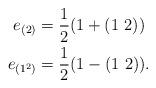
LaTeX: \begin{align*} e_{(2)}&=\frac{1}{2}(1+(1~2))\\ e_{(1^2)}&=\frac{1}{2}(1-(1~2)).\end{align*}